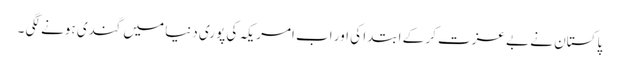
پاکستان نے بے عزت کر کے ابتدا کی اور اب امریکہ کی پوری دنیا میں گندی ہونے لگی ۔